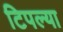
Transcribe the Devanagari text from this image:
टिपल्या